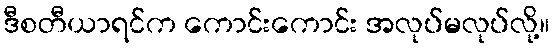
ဒီစတီယာရင်က ကောင်းကောင်း အလုပ်မလုပ်လို့။